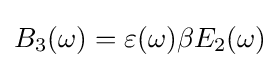
B_{3}(\omega )=\varepsilon (\omega )\beta E_{2}(\omega )